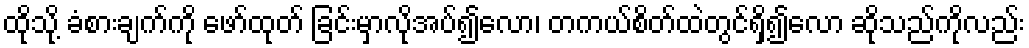
ထိုသို့ ခံစားချက်ကို ဖော်ထုတ် ခြင်းမှာလိုအပ်၍လော၊ တကယ်စိတ်ထဲတွင်ရှိ၍လော ဆိုသည်ကိုလည်း